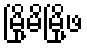
မြို့မိမြို့ဖ